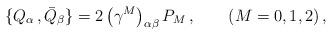
LaTeX: \begin{align*}\{ Q_\alpha\,, {\bar Q}_\beta \}=2\left(\gamma^M\right)_{\alpha\beta} P_M \, ,\qquad (M=0,1,2) \, ,\end{align*}